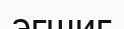
эгшиг